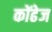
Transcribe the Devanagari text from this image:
कोंढेज